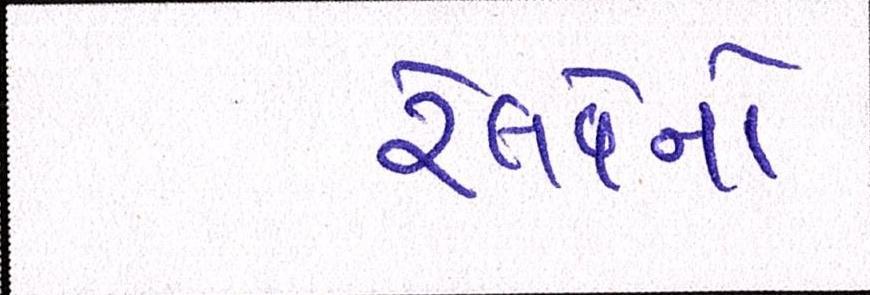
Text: રેલવેનો